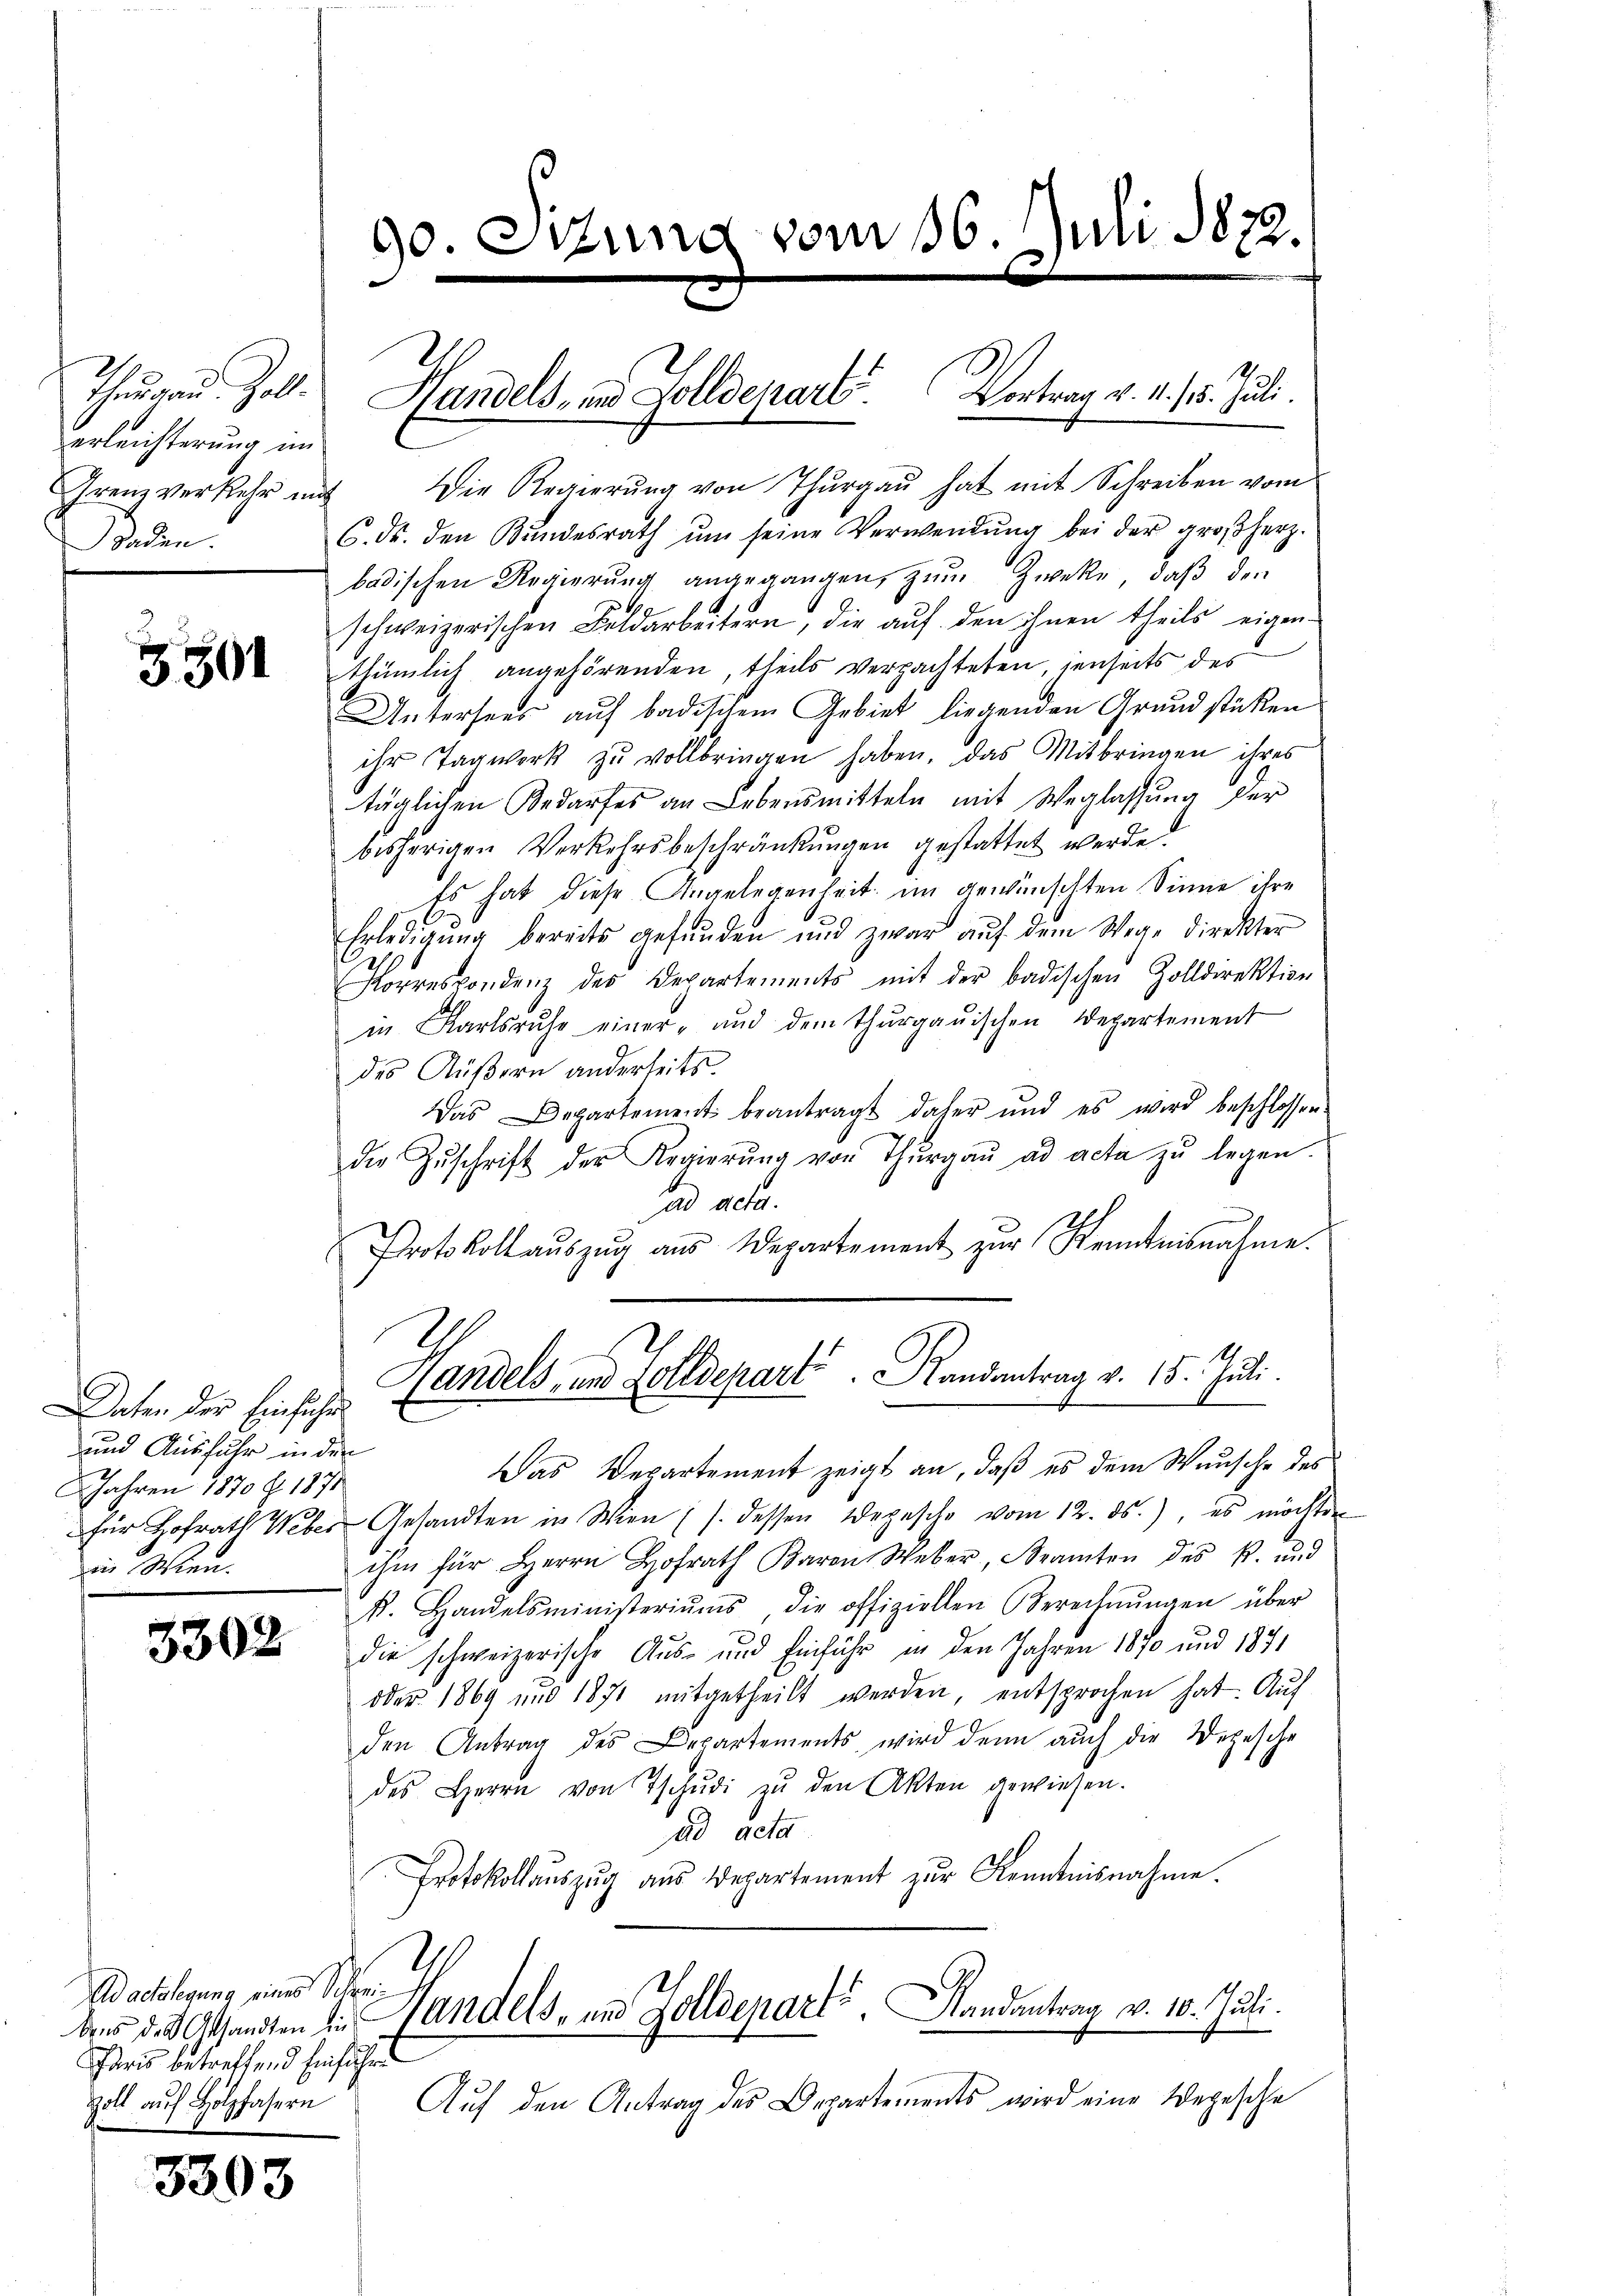
erleichterung im
Grenz verkehr mit
Baden.

3501

Daten der Einsichen
und Ausfuhr in der
2 Jahren 1870 f. 1871
in Wien.

3302

A adelegung eines Schrei¬
Paris betreffend Einführe
Zoll auf Holzfasern

3303

Die Regierung von Thurgau hat mit Schreiben vom
6. ds. den Bŭndesrath ŭm seine Verwendŭng bei der großherz.
badischen Regierŭng angegangen, zum Zweke, daß den
schweizerischen Feldarbeitern, die auf den ihnen theils eigen-
thümlich angehörenden, theils verpachteten, jenseits des
Untersees auf badischem Gebiet liegenden Grundstücken
ihr Tagwerk zu vollbringen haben, das Mitbringen ihres
täglichen Bedarfes an Lebensmitteln mit Weglassung der
bisherigen Verkehrsbeschränkungen gestattet werde.
Es hat diese Angelegenheit im gewünschten Sinne ihre
Erledigŭng bereits gefŭnden und zwar aŭf dem Wege direkter
Porrespondenz des Departements mit der badischen Zolldirektion
in Karlsruhe einer- und dem Thŭrgaŭischen Departement
des Küßern anderseits.
Das Departement beantragt daher und es wird beschlossen.
die Zŭschrift der Regierŭng von Thŭrgaŭ ad acta zŭ legen.
ad acta.
Protokoll aŭszŭg aŭs Departement zŭr Kenntnisnahme.
Handels, und Zolldepart. andantrag v. 15. Juli.
E
Das Verartement zeigt an, daß es dem Wunsche des
für Hofrath Weber Gesandten in Wien (s. dessen Depesche vom 12. ds.), es möchten
ihm für Herrn Hofrath Baron Weber, Beamten des k. und
k. Handelsministeriŭms die offiziellen Gerechnŭngen über
die schweizerische Aus- und Einführ in den Jahren 1870 und 1871
oder 1869 und 1871 mitgetheilt werden, entsprochen hat. Auf
den Antrag des Departements, wird denn auch die Depesche
des Herrn von Tschŭdi zŭ den Akten gewiesen.
ad acta
Protokollaŭszŭg aŭs Departement zŭr Kenntnisnahme.
210
dens d. Gesandten die Handels- und Zolldepart. Randantrag v. 10. Juli.
Aŭf den Antrag des Departements wird eine Depesche

90. Sitzung vom 16. Juli 1872.

Theurau Zoll. Handels- und Zolldenart. Vortrag v. M. 18. Juli.